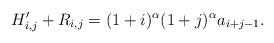
LaTeX: \begin{align*}H_{i,j}'+R_{i,j}=(1+i)^{\alpha}(1+j)^{\alpha}a_{i+j-1}.\end{align*}